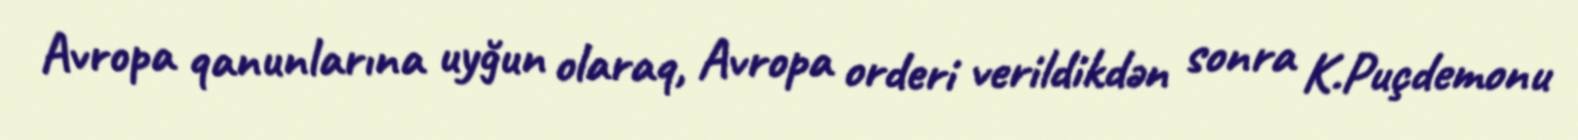
Avropa qanunlarına uyğun olaraq, Avropa orderi verildikdən sonra K.Puçdemonu